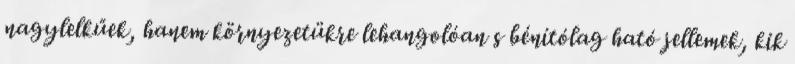
nagylelkűek, hanem környezetükre lehangolóan s bénítólag ható jellemek, kik